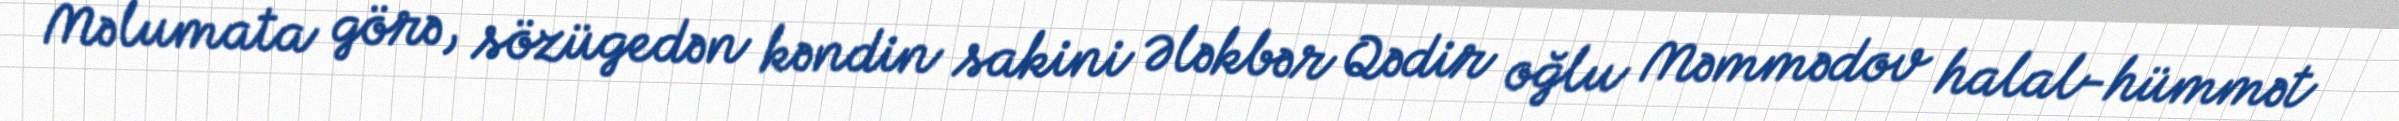
Məlumata görə, sözügedən kəndin sakini Ələkbər Qədir oğlu Məmmədov halal-hümmət